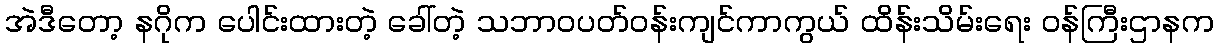
အဲဒီတော့ နဂိုက ပေါင်းထားတဲ့ ခေါ်တဲ့ သဘာဝပတ်ဝန်းကျင်ကာကွယ် ထိန်းသိမ်းရေး ဝန်ကြီးဌာနက